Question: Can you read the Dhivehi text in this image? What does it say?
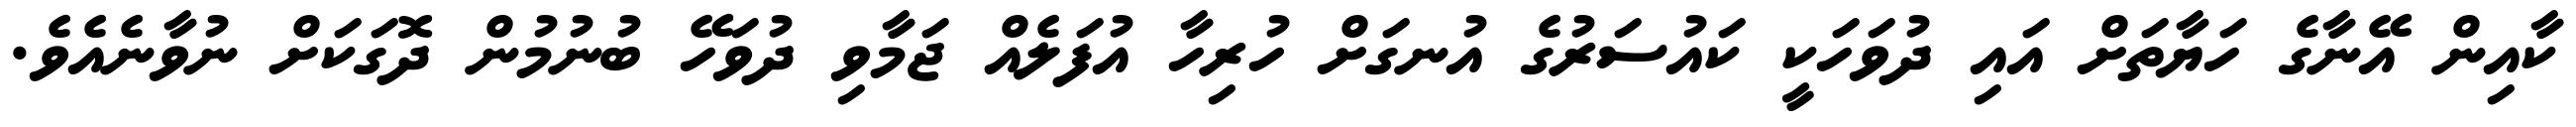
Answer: ކާއިން އޭނާގެ ހަޔާތަށް އައި ދުވަހަކީ ކައުސަރުގެ އުނގަށް ހުރިހާ އުފަލެއް ޖަމާވި ދުވަހޭ ބުނުމުން ދޮގަކަށް ނުވާނެއެވެ.